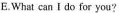
E.What can I do for you?